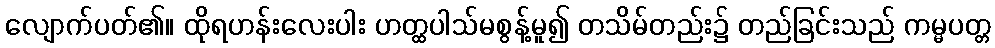
လျောက်ပတ်၏။ ထိုရဟန်းလေးပါး ဟတ္ထပါသ်မစွန့်မူ၍ တသိမ်တည်း၌ တည်ခြင်းသည် ကမ္မပတ္တ